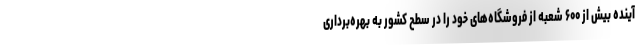
آینده بیش از ۶۰۰ شعبه از فروشگاه‌های خود را در سطح کشور به بهره‌برداری